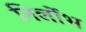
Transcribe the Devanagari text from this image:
निर्लोभ